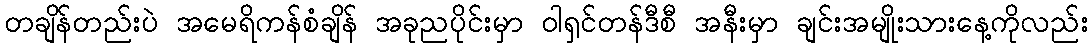
တချိန်တည်းပဲ အမေရိကန်စံချိန် အခုညပိုင်းမှာ ဝါရှင်တန်ဒီစီ အနီးမှာ ချင်းအမျိုးသားနေ့ကိုလည်း